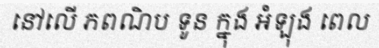
នៅលើ ភពណិប ទូន ក្នុង អំឡុង ពេល